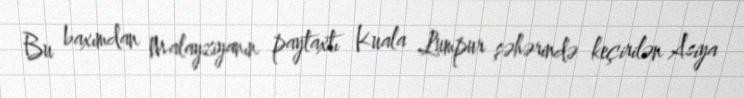
Bu baxımdan Malayziyanın paytaxtı Kuala Lumpur şəhərində keçirilən Asiya